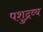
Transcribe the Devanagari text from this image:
पशुद्रव्य